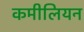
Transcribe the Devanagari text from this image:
कमीलियन